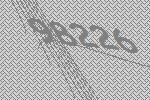
98226